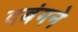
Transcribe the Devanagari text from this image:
दबंगने